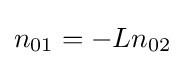
n_{01}=-Ln_{02}